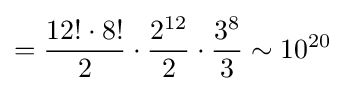
={\frac {12!\cdot 8!}{2}}\cdot {\frac {2^{12}}{2}}\cdot {\frac {3^{8}}{3}}\sim 10^{20}